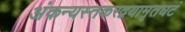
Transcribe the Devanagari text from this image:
अंकन्यस्तकरद्वयामृतघटं